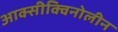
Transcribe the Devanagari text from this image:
आक्सीक्विनोलीन